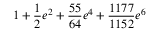
1 + \frac { 1 } { 2 } e ^ { 2 } + \frac { 5 5 } { 6 4 } e ^ { 4 } + \frac { 1 1 7 7 } { 1 1 5 2 } e ^ { 6 }